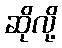
ဆိုလို့